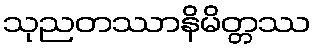
သုညတဿာနိမိတ္တဿ